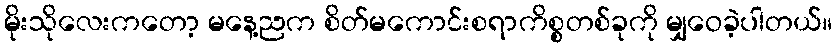
မိုးသိုလေးကတော့ မနေ့ညက စိတ်မကောင်းစရာကိစ္စတစ်ခုကို မျှဝေခဲ့ပါတယ်။